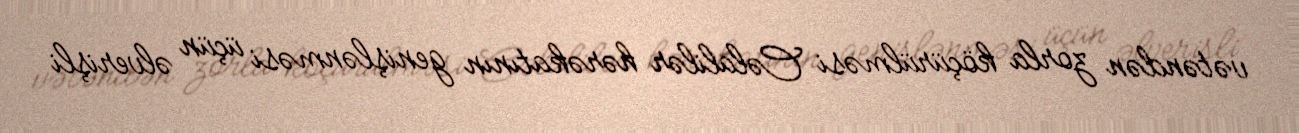
vətəndən zorla köçürülməsi Cəlalilər hərəkatının genişlənməsi üçün əlverişli